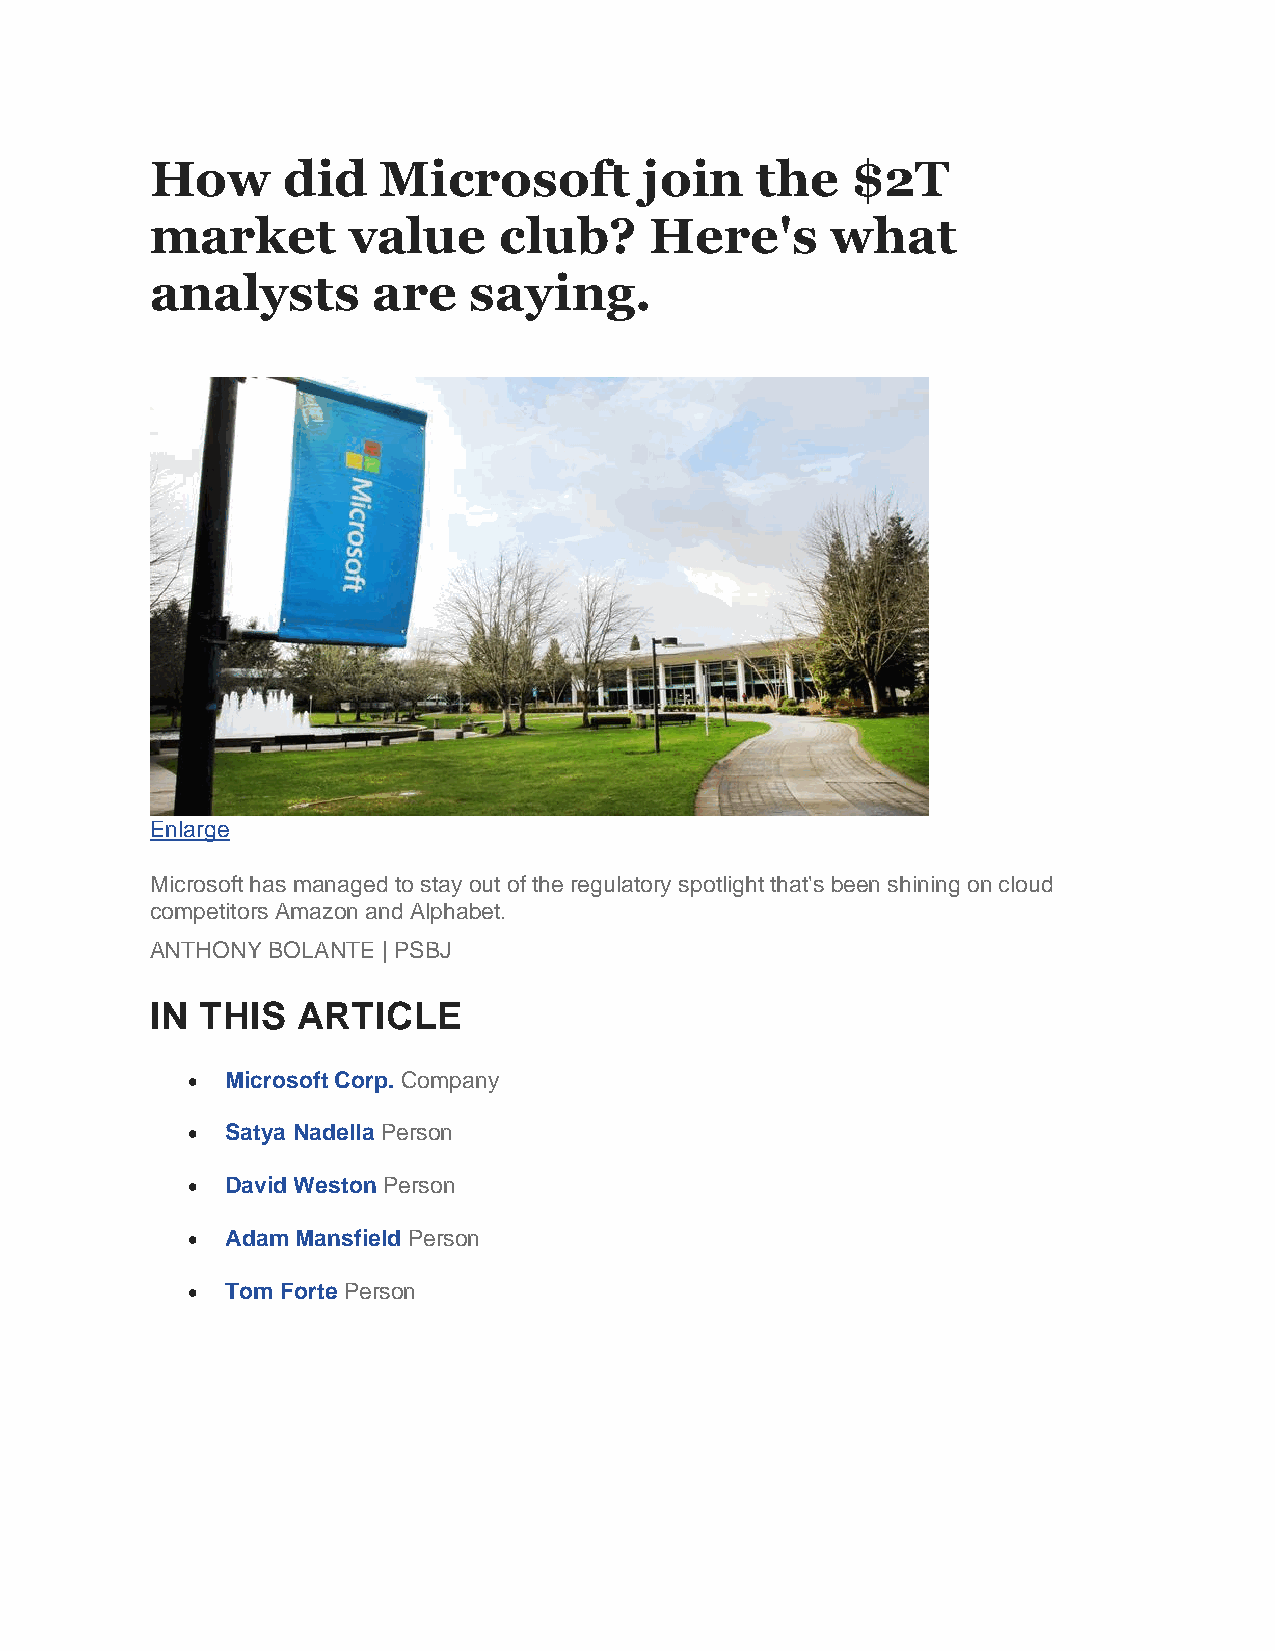
How      did   Microsoft         join   the   $2T
 market       value     club?     Here's      what
 analysts       are   saying.
 Enlarge
 Microsoft has managed to stay out of the regulatory spotlight that's been shining on cloud
 competitors Amazon and Alphabet.
 ANTHONY BOLANTE | PSBJ
 IN THIS   ARTICLE
 •  Microsoft Corp. Company
 •  Satya Nadella Person
 •  David Weston Person
 •  Adam Mansfield Person
 •  Tom Forte Person